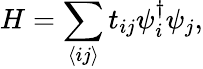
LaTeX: H=\sum_{\left<ij\right>}t_{ij}\psi_{i}^{\dagger}\psi_{j},